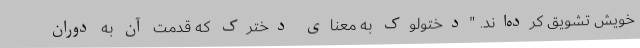
خویش تشویق کرده‌اند. "دُختُولوک به معنای دخترک که قدمت آن به دوران